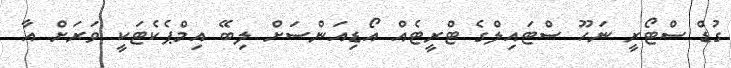
ގުޑް ސްޓޯރީ ނަހޫ ސްޓައިލްގެ ޓްރީޓެއް އޯޑިއަންސަށް ލިބޭ އިމްޕެކެޓަކީ ވަރަށް އާ